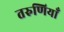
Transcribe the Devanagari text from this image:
तरुणियाँ